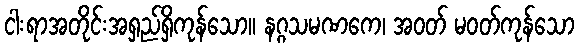
ငါးရာအတိုင်းအရှည်ရှိကုန်သော။ နဂ္ဂသမဏကေ၊ အဝတ် မဝတ်ကုန်သော